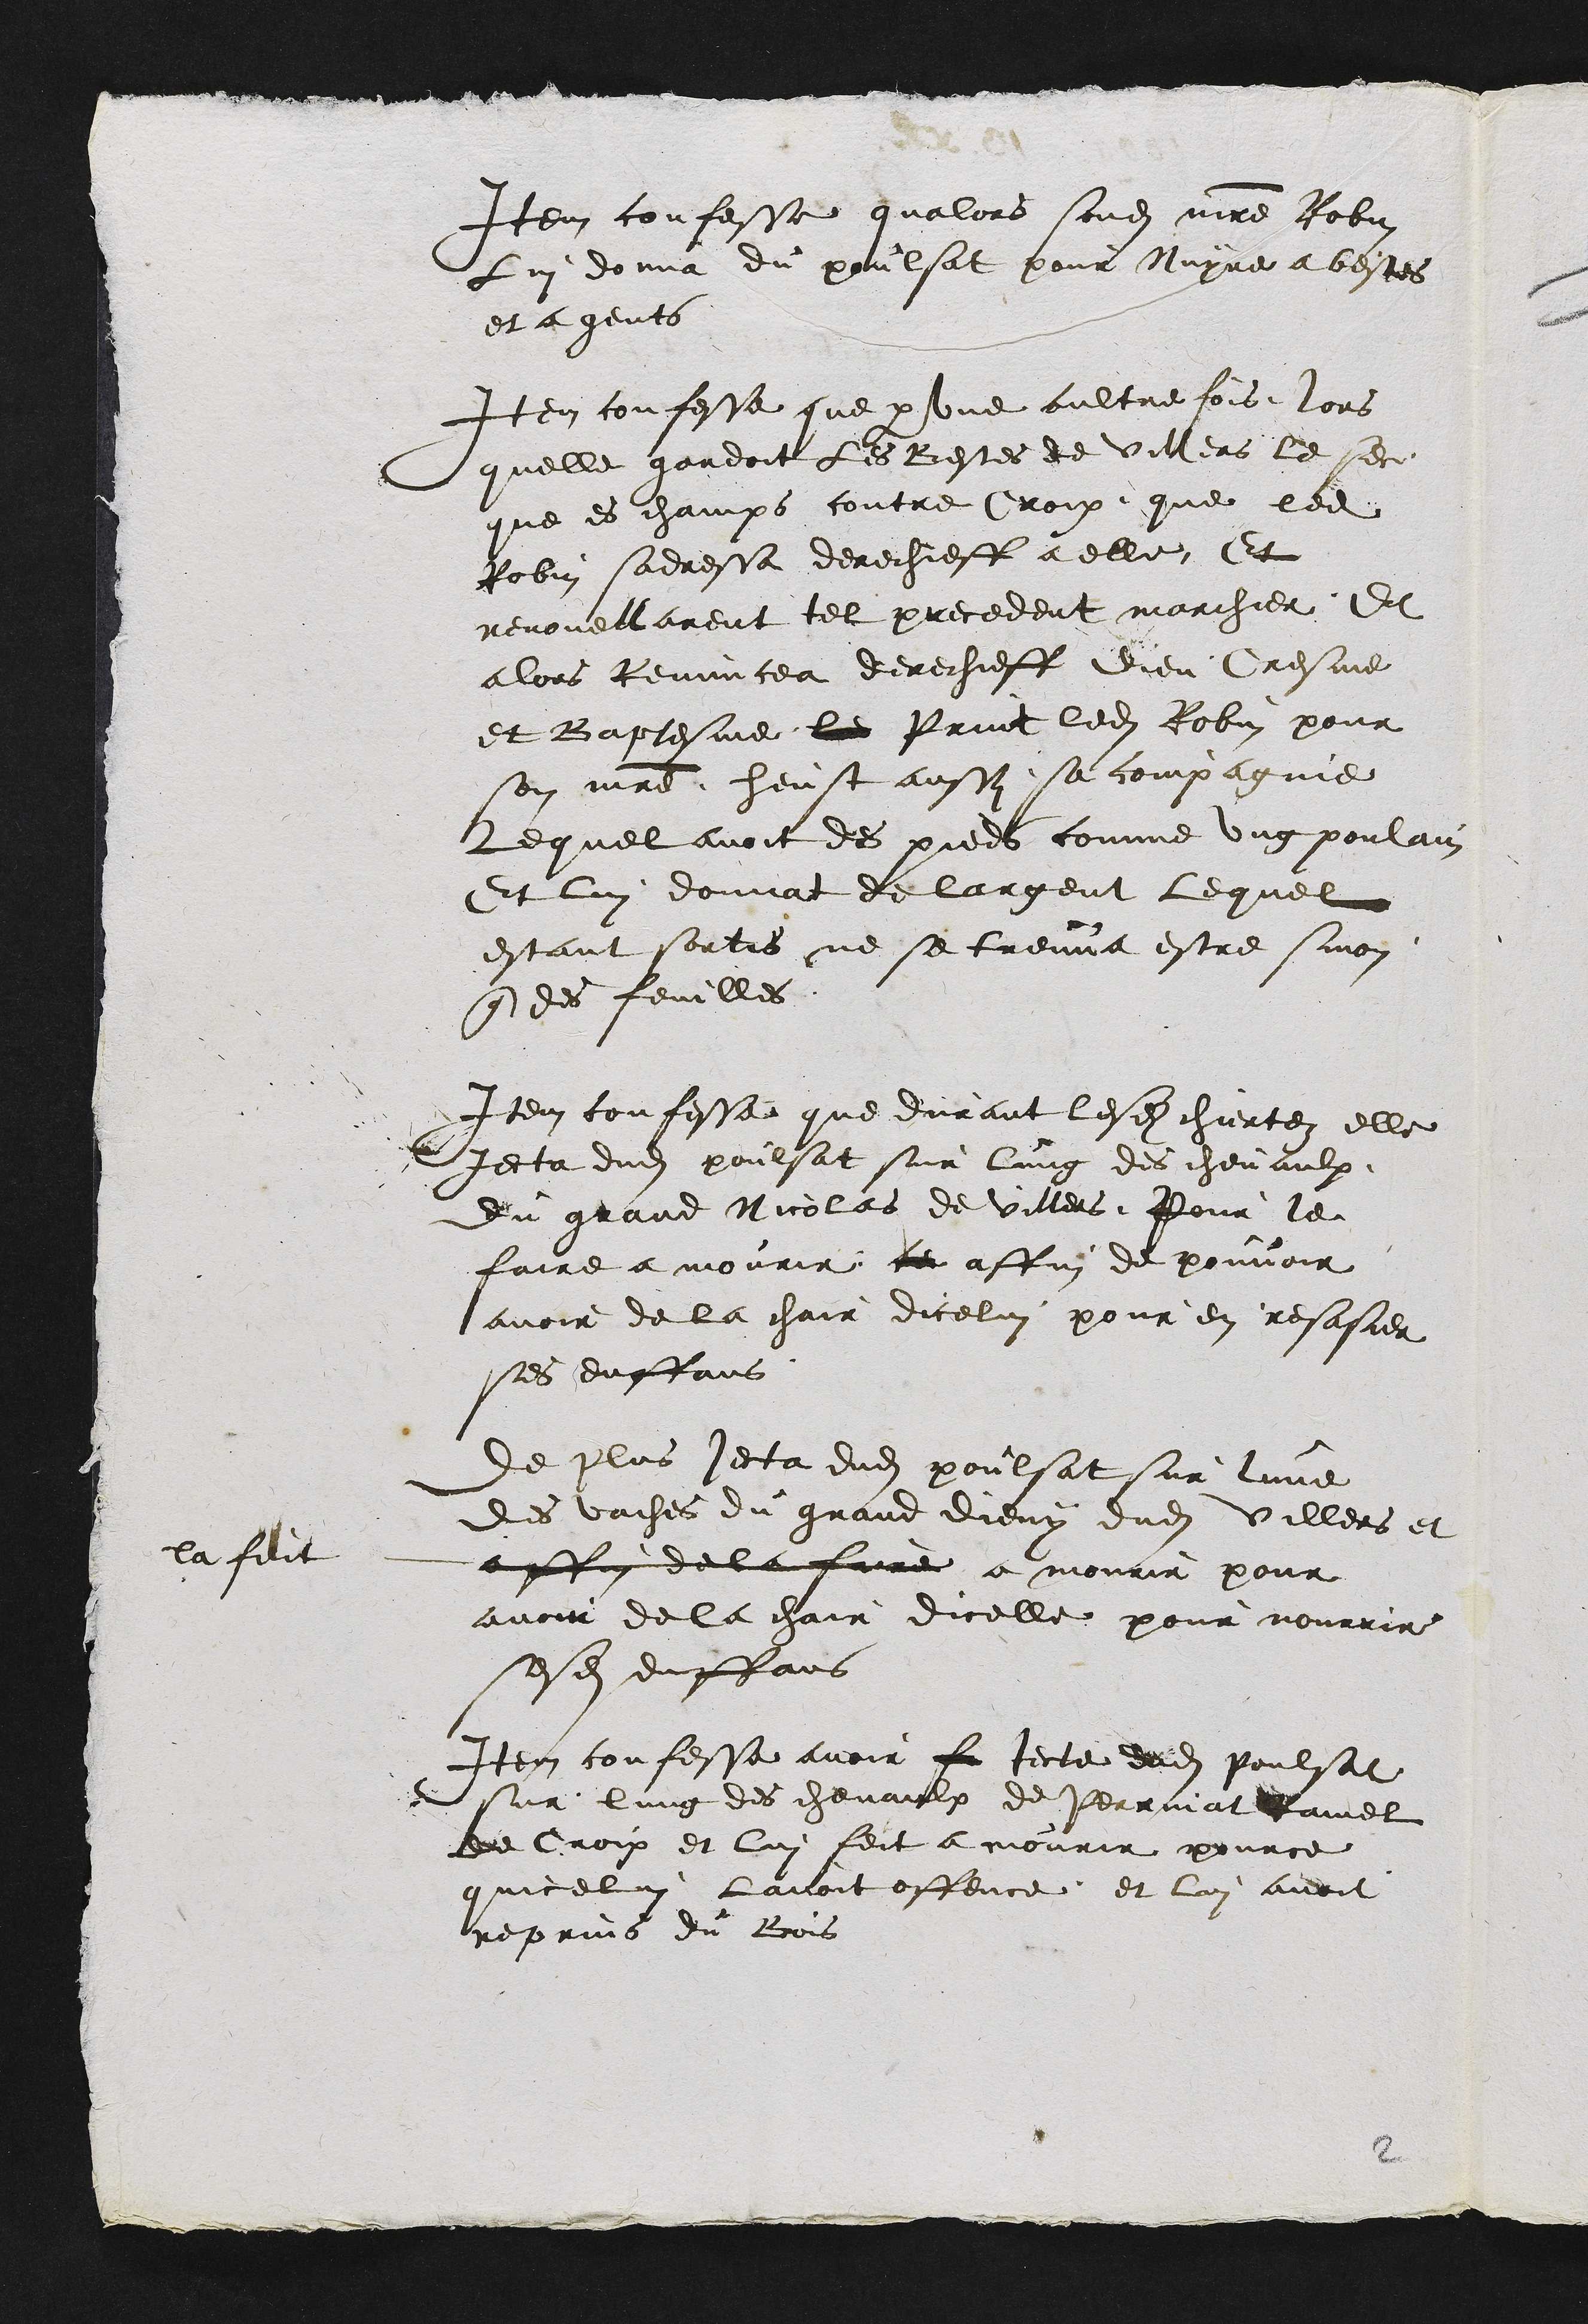
Item confesse qualors sondit maitre Robin
Lui donna du poulsat pour Nuyre a bestes
et a gents
Item confesse que par une aultre fois lors
quelle gardoit les Bestes de Villers le sec
que es champs contre Croix que ledit
Robin sadressa derechieff a elle Et
renouvellarent tel precedent marchier Et
alors Renuncea derechieff Dieu Cresme
et Baptesme le print ledit Robin pour
son maitre heust aussy sa compagnie
Lequel avoit des pieds comme ung poulain
Et lui donnat de largent lequel
estant sortis ne se treuva estre sinon
que des feuilles
Item confesse que durant lesdites chiertez elle
Jecta dudit poulsat sur lung des chevaulx
du grand Nicolas de Villers Pour le
faire a mourir ce affin de pouvoir
avoir de la chair dicelui pour en resasier
ses enffans
De plus jecta dudit poulsat sur lune
Des vaches du grand dieny dudit Villers et
la feit
affin de la faire a mourir pour
avoir de la chair dicelle pour nourrir
sesdits enffans
Item confesse avoir fe jecte dudit poulsat
sur lung des chevaulx de Perrinat Ramel
de Croix et lui feit a mourir pource
quicelui lavoit offence et lui avoit
reprins du Bois